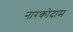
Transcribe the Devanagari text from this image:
नारकोदाम